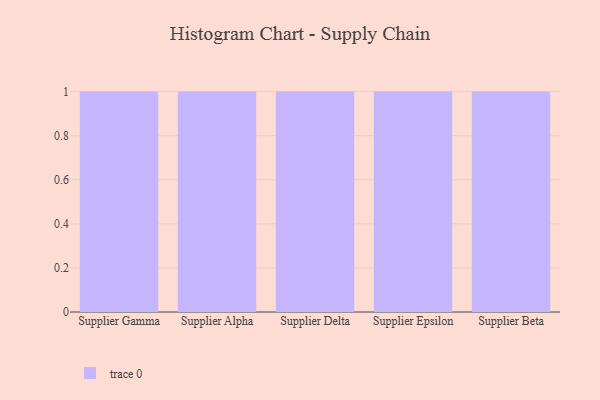
{"axis": {"x": "Supplier", "y": "Active Users"}, "legend": [""], "data": [{"x": "Supplier Gamma", "y": 78, "type": ""}, {"x": "Supplier Alpha", "y": 37, "type": ""}, {"x": "Supplier Delta", "y": 27, "type": ""}, {"x": "Supplier Epsilon", "y": 71, "type": ""}, {"x": "Supplier Beta", "y": 25, "type": ""}]}